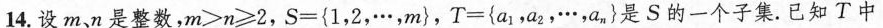
14.设m、n是整数，$$m ＞ n ≥ 2$$，$$S= { 1 ， 2 ， … ，m }$$，T={a_{1}，a_{2}…，an}是S的一个子集。已知T中